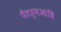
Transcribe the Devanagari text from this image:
पैटर्नआदि